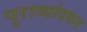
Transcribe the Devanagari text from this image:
पुराव्यांवरुन